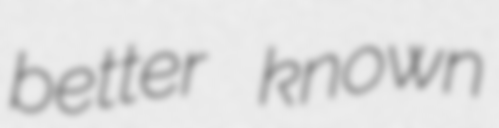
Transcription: better known